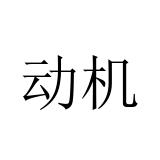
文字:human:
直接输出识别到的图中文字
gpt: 动机